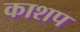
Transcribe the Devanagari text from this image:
काशप